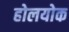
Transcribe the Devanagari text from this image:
होलयोक